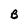
Character: B